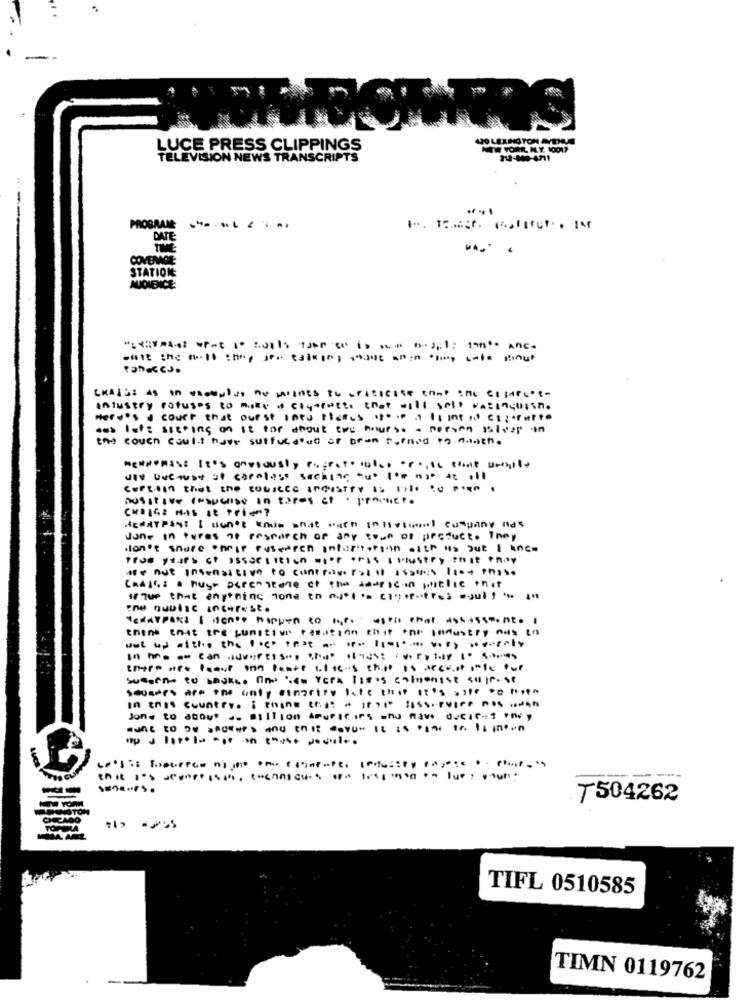
430 LEXINGTON AVENUE
LUCE PRESS CLIPPINGS
NEW YORK, N.Y. 10017
TELEVISION NEWS TRANSCRIPTS
112-140-4711
PROGRAME
...... .....
DATE
THE
COVERAGE
STATION
AUDIENCE:
enit the a .. Il they are talking comme moinowy tale singt
CHAISE as in escaplus no paines to cratiesse enne the elinelet-
intustry refuses to make a clynfatto that will sell vatingussa.
Here's d court that ourst intu tief.s .f. . . It int rici; fatte
was lot: sitting on it for about two hours. . person isleep on
the couch Coul.t have sutfuld'u of bran rufned to "math.
HENHOHESE It's anulOUSTY PE;FOTO INICO PF ., Is that upopty
UV UNCause of corales! Sacking qu' I'm no* * t .Il
Certain that the tousces industry 1: lite to mise ·
positive (Psucrise In tares et . product.
CHEIG& MAS It Prie?
HENRYPAST I don't know what wath Intiviimal company nas
Jane in tures of research of day town of product. They
don't share Their ruserpen intertorgan with is due I ance
Tros yturs ct ossaetItion "i.r .ris I Mustry thit Pnov
·nut insensitive to contract rollfassesIset this
CRAIG: . BUSH DEFEN Itene ct the american public enit
ITup that anything tone to nual 's citet.tras -sultan
the quwisc interest.
Tedarpaks I dente happen to myco usas that assasseont.
think that the sunstive resation that one industry nas in
wat up atthe the fact that .. ........ ..- ly
In the at can advertise che class:vostra
Entrare least one teste 1.It's that is accusedle tue
Jone to about J- million Americans who nawe decir-2 Pné y
want to Do seuwars and that davor it is egal to is inten
-
7504262
TIFL 0510585
TIMN 0119762